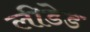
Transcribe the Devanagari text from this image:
लीडेड